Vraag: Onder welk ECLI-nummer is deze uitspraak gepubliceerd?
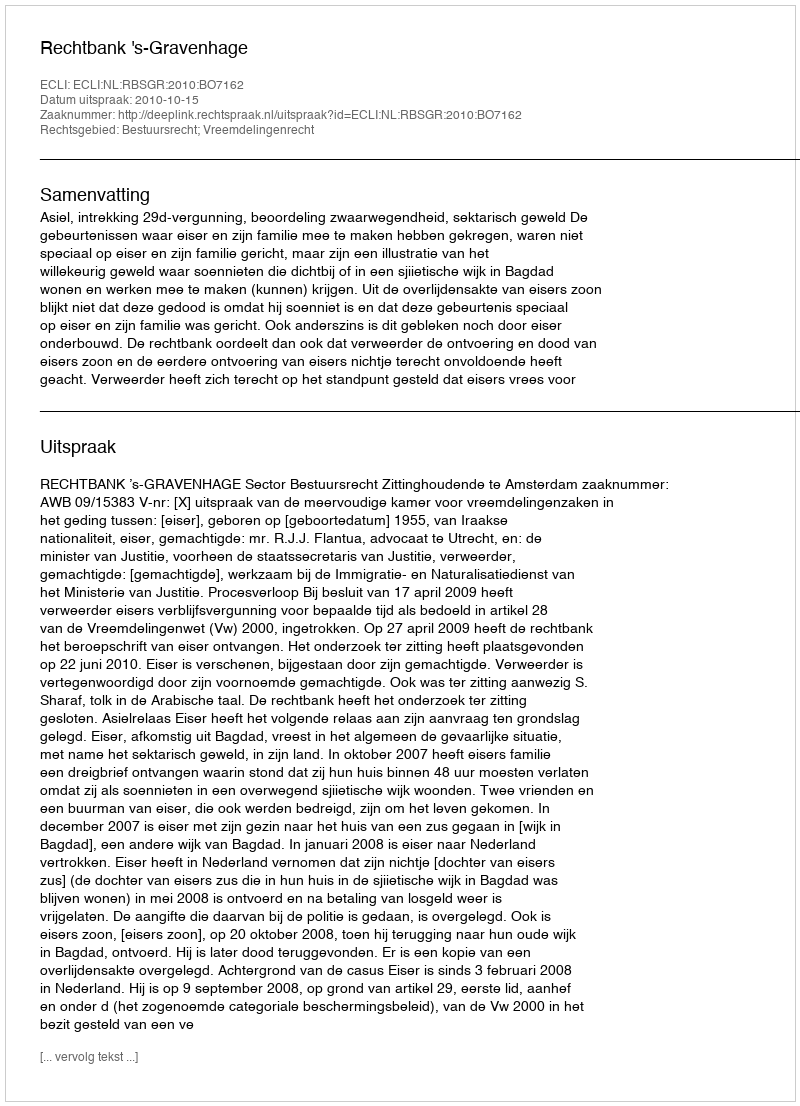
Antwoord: ECLI:NL:RBSGR:2010:BO7162